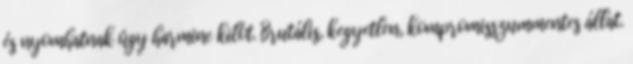
és nyomhatnak úgy harminc kilót. Brutális, kegyetlen, kompromisszummentes állat.